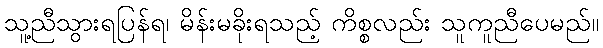
သူ့ညီသွားရပြန်ရ၊ မိန်းမခိုးရသည့် ကိစ္စလည်း သူကူညီပေမည်။